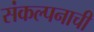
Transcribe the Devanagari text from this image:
संकल्पनाची